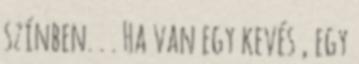
színben. . . Ha van egy kevés , egy